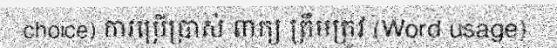
choice) ការប្រើប្រាស់ ពាក្យ ត្រឹមត្រូវ (Word usage)